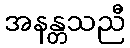
အနန္တသညီ